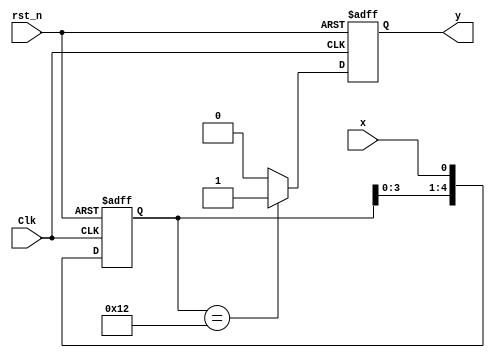
`timescale 1ns / 1ps
//==================================================================================================
//  Version       : V 1.0
//  Description   : Use shift register for sequence detection
//  Modification  :
//
//==================================================================================================


module SEQDET_SHIFT(
// INPUTS
        Clk,        // posedge active
        rst_n,      // negedge active
        x,          // sequence input
    // OUTPUTS        
        y           // detection "10010"
    );
       
    input              Clk;
    input              rst_n;
    input              x;
    
    output             y;

    reg               y;
    reg     [4:0]     shift_r;
       
    // shift register design
    always @(posedge Clk or negedge rst_n)begin
        if(!rst_n)
            shift_r <= 5'd0;
        else
            shift_r <= {shift_r[3:0], x};
    end
    
    // detection output
    always@(posedge Clk or negedge rst_n)begin
        if(!rst_n)
            y <= 1'b0;
        else if(shift_r == 5'b10010)
            y <= 1'b1;
        else
            y <= 1'b0;
    end
    
endmodule